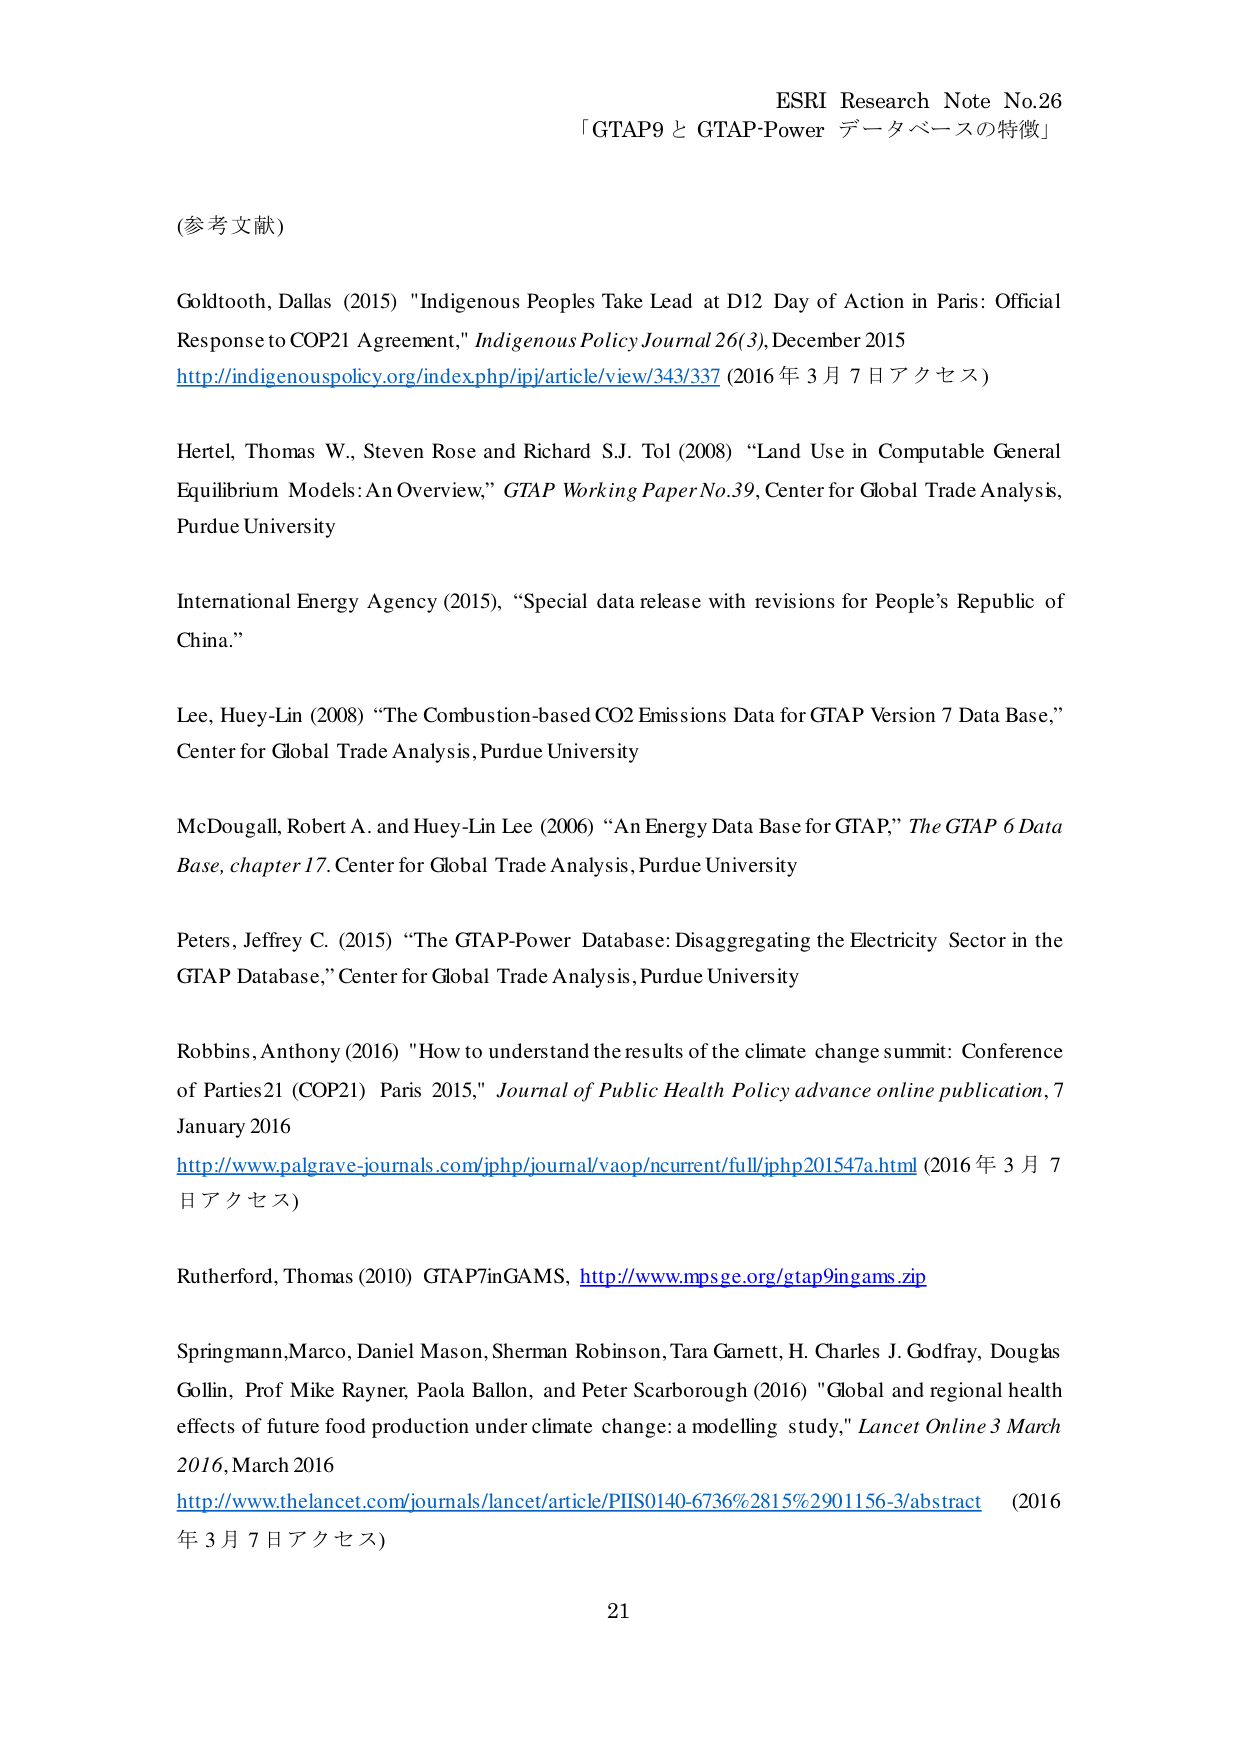
ESRI Research Note No.26
「GTAP9 と GTAP-Power データベースの特徴」

(参考文献)

Goldtooth, Dallas (2015) "Indigenous Peoples Take Lead at D12 Day of Action in Paris: Official Response to COP21 Agreement," Indigenous Policy Journal 26(3), December 2015
http://indigenouspolicy.org/index.php/ipj/article/view/343/337 (2016年3月7日アクセス)

Hertel, Thomas W., Steven Rose and Richard S.J. Tol (2008) “Land Use in Computable General Equilibrium Models: An Overview,” GTAP Working Paper No.39, Center for Global Trade Analysis, Purdue University

International Energy Agency (2015), “Special data release with revisions for People’s Republic of China.”

Lee, Huey-Lin (2008) “The Combustion-based CO2 Emissions Data for GTAP Version 7 Data Base,” Center for Global Trade Analysis, Purdue University

McDougall, Robert A. and Huey-Lin Lee (2006) “An Energy Data Base for GTAP,” The GTAP 6 Data Base, chapter 17. Center for Global Trade Analysis, Purdue University

Peters, Jeffrey C. (2015) “The GTAP-Power Database: Disaggregating the Electricity Sector in the GTAP Database,” Center for Global Trade Analysis, Purdue University

Robbins, Anthony (2016) "How to understand the results of the climate change summit: Conference of Parties 21 (COP21) Paris 2015," Journal of Public Health Policy advance online publication, 7 January 2016
http://www.palgrave-journals.com/jphp/journal/vaop/ncurrent/full/jphp201547a.html (2016年3月7日アクセス)

Rutherford, Thomas (2010) GTAP7inGAMS, http://www.mpsge.org/gtap9ingams.zip

Springmann, Marco, Daniel Mason, Sherman Robinson, Tara Garnett, H. Charles J. Godfray, Douglas Gollin, Prof Mike Rayner, Paola Ballon, and Peter Scarborough (2016) "Global and regional health effects of future food production under climate change: a modelling study," Lancet Online 3 March 2016, March 2016
http://www.thelancet.com/journals/lancet/article/PIIS0140-6736%2815%2901156-3/abstract (2016年3月7日アクセス)

21